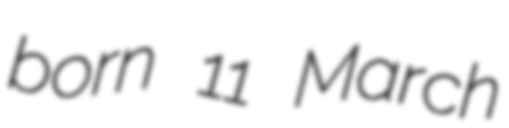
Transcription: born 11 March